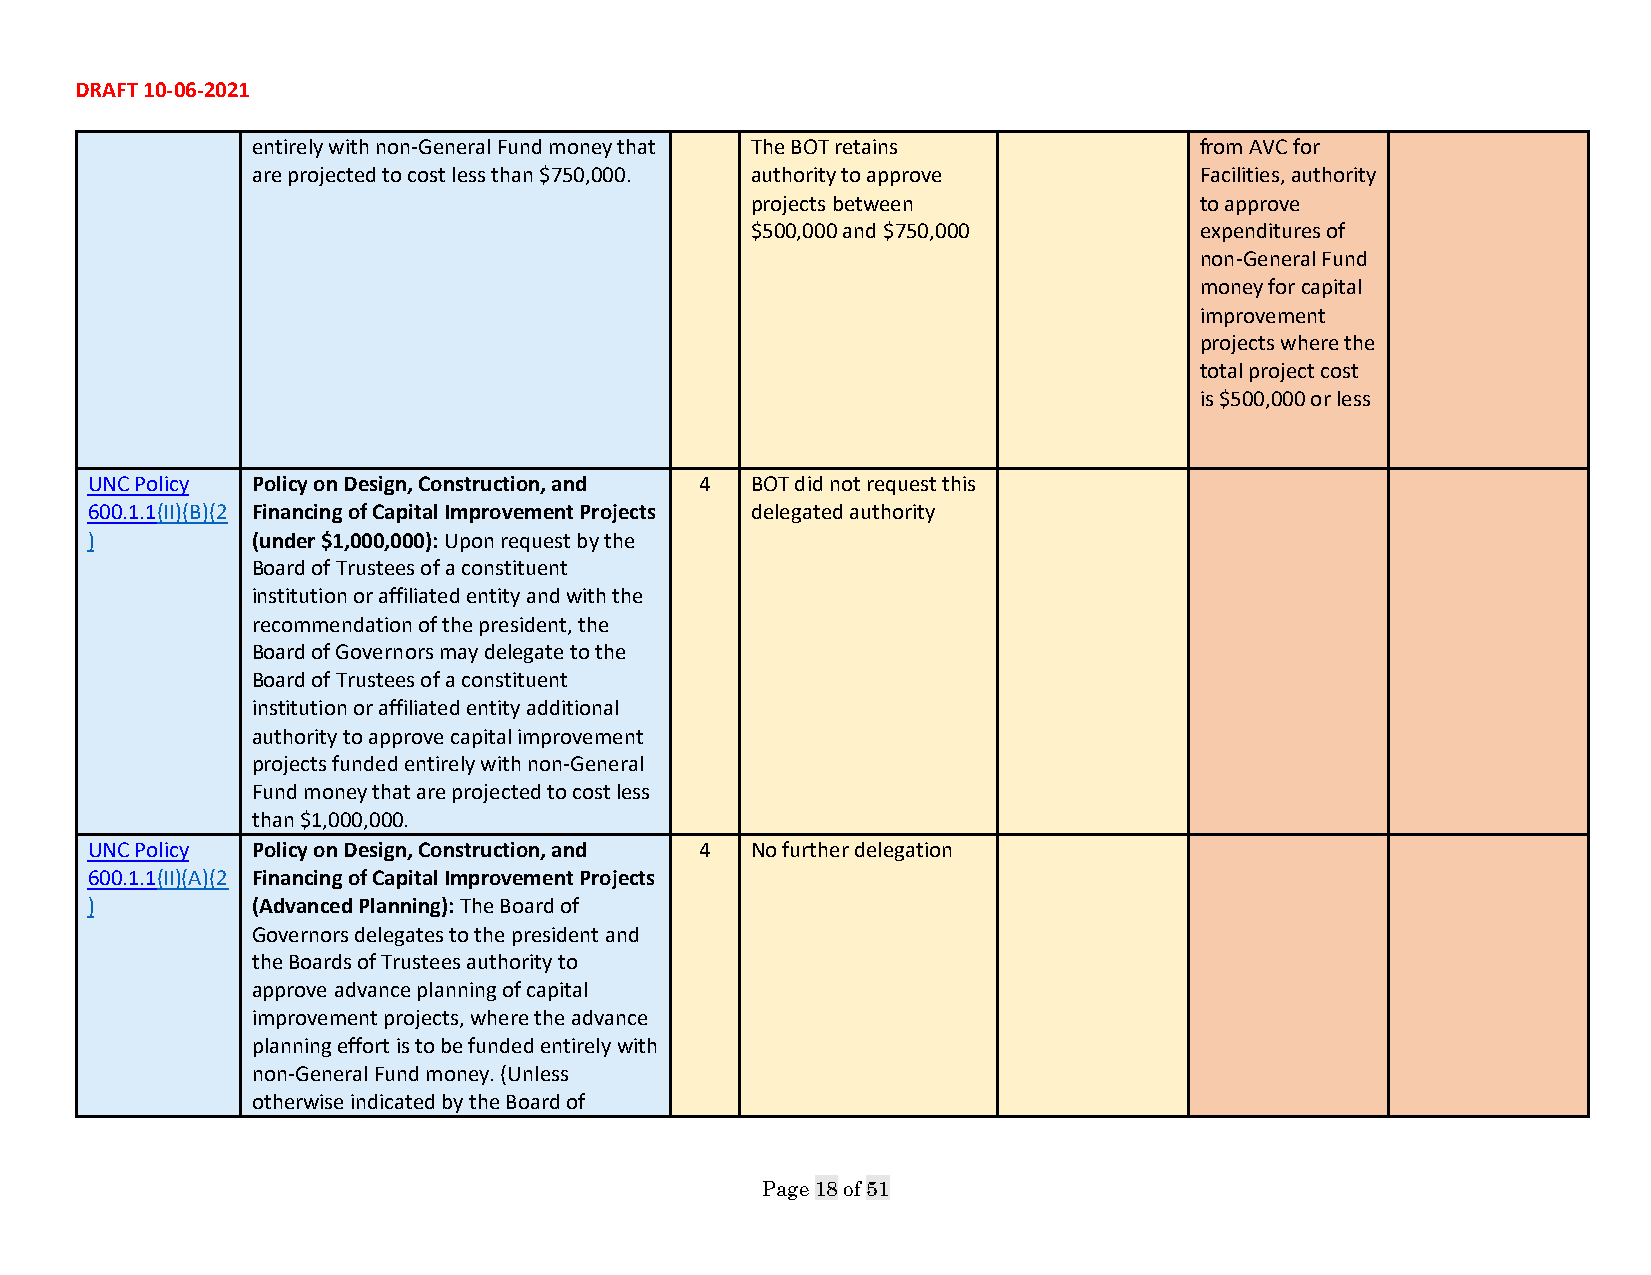
DRAFT 10-06-2021
 entirely with non-General Fund money that The BOT retains     from AVC for
 are projected to cost less than $750,000. authority to approve Facilities, authority
 projects between             to approve
 $500,000 and $750,000        expenditures of
 non-General Fund
 money for capital
 improvement
 projects where the
 total project cost
 is $500,000 or less
 UNC Policy Policy on Design, Construction, and 4 BOT did not request this
 600.1.1(II)(B)(2 Financing of Capital Improvement Projects delegated authority
 )          (under $1,000,000): Upon request by the
 Board of Trustees of a constituent
 institution or affiliated entity and with the
 recommendation of the president, the
 Board of Governors may delegate to the
 Board of Trustees of a constituent
 institution or affiliated entity additional
 authority to approve capital improvement
 projects funded entirely with non-General
 Fund money that are projected to cost less
 than $1,000,000.
 UNC Policy Policy on Design, Construction, and 4 No further delegation
 600.1.1(II)(A)(2 Financing of Capital Improvement Projects
 )          (Advanced Planning): The Board of
 Governors delegates to the president and
 the Boards of Trustees authority to
 approve advance planning of capital
 improvement projects, where the advance
 planning effort is to be funded entirely with
 non-General Fund money. (Unless
 otherwise indicated by the Board of
 Page 18 of 51